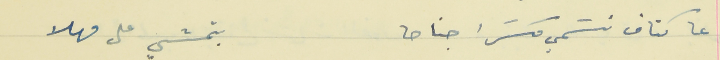
عا كتاف نسَمي كسَرا جناحا                                               بتمشي على مهلا